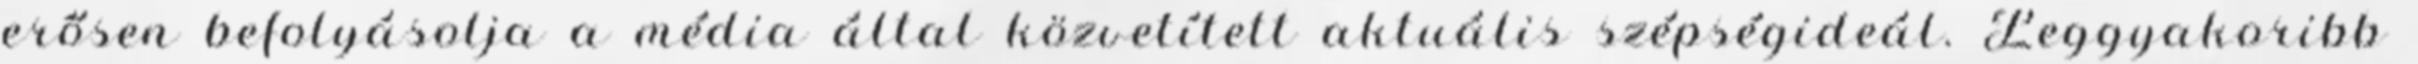
erősen befolyásolja a média által közvetített aktuális szépségideál. Leggyakoribb